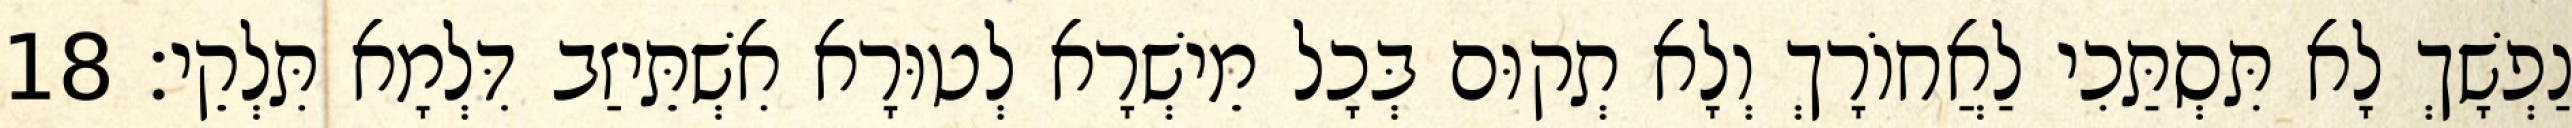
נַפְשָׁךְ לָא תִּסְתַּכִי לַאֲחוֹרָךְ וְלָא תְקוּם בְּכָל מֵישְׁרָא לְטוּרָא אִשְׁתֵּיזַב דִּלְמָא תִּלְקֵי׃ 18